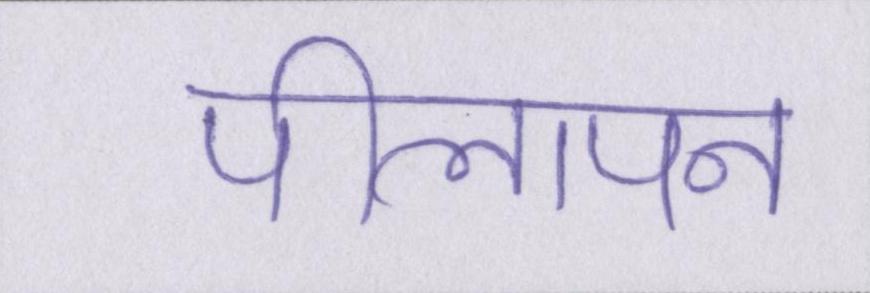
पीलापन